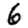
Digit: 6